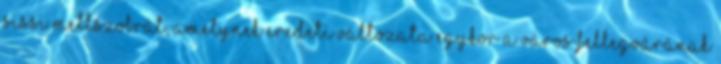
Sissi mellszobrát, amelynek eredeti változata egykor a város fellegvárának